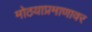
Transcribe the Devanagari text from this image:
मोठयाप्रमाणावर